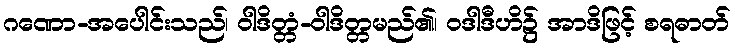
ဂဏော-အပေါင်းသည်၊ ဝါဒိတ္တံ-ဝါဒိတ္တမည်၏၊ ဝဒါဒီဟိ၌ အာဒိဖြင့် စရဓာတ်